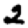
Digit: 2